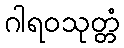
ဂါရဝသုတ္တံ